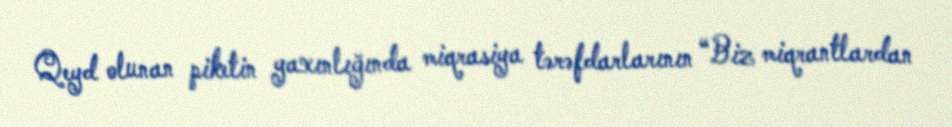
Qeyd olunan piketin yaxınlığında miqrasiya tərəfdarlarının “Biz miqrantlardan